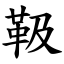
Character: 靸